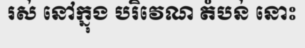
រស់ នៅក្នុង បរិវេណ តំបន់ នោះ